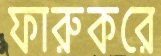
ফারুকরে